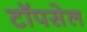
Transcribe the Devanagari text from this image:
टॉपसेल